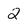
Character: 2